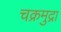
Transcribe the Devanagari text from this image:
चक्रमुद्रा